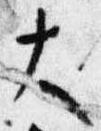
大